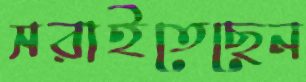
সরাইতেছেন